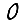
Digit: 0